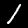
Label: 1